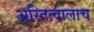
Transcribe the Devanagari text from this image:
अस्तित्वालाच